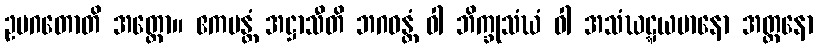
ဥပဂတောတိ အတ္ထော။ ဧကမန္တံ အဋ္ဌာသီတိ ဘဂဝန္တံ ဝါ ဘိက္ခုသံဃံ ဝါ အသံဃဋ္ဋယမာနော အတ္တနော